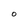
Character: O